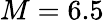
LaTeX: M=6.5